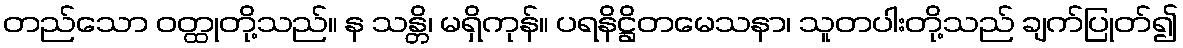
တည်သော ဝတ္ထုတို့သည်။ န သန္တိ၊ မရှိကုန်။ ပရနိဋ္ဌိတမေသနာ၊ သူတပါးတို့သည် ချက်ပြုတ်၍